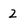
Character: 2